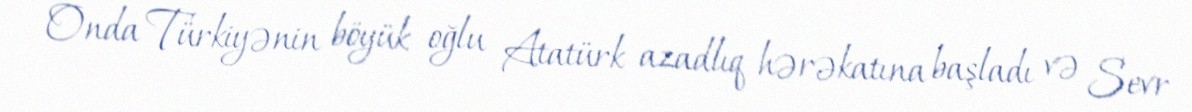
Onda Türkiyənin böyük oğlu Atatürk azadlıq hərəkatına başladı və Sevr